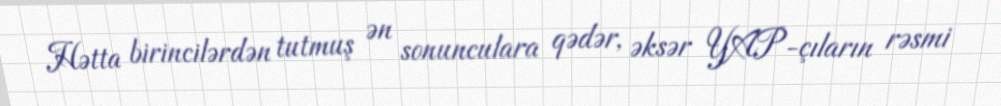
Hətta birincilərdən tutmuş ən sonunculara qədər, əksər YAP-çıların rəsmi